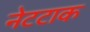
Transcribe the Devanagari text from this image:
नेटटाक